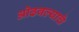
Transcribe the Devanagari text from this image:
ओढवल्याचे